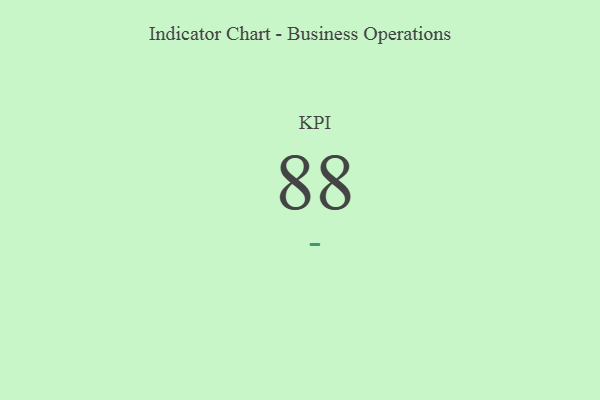
{"axis": {"x": "KPI", "y": "Value"}, "legend": [""], "data": [{"x": "KPI", "y": 88, "type": ""}]}